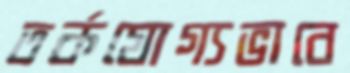
তর্কযোগ্যভাবে